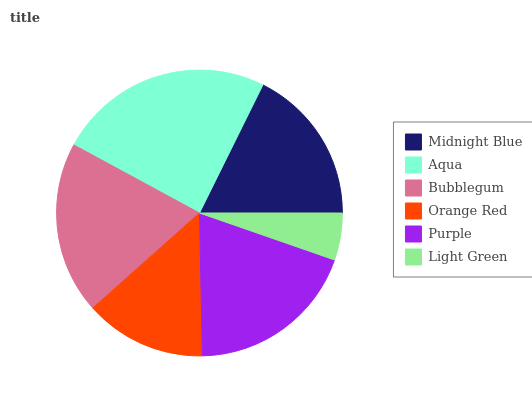
| Midnight Blue | Aqua | Bubblegum | Orange Red | Purple | Light Green |
 | --- | --- | --- | --- | --- | --- |
 | 17.7% | 24.4% | 19.4% | 13.7% | 19.4% | 5.32% |